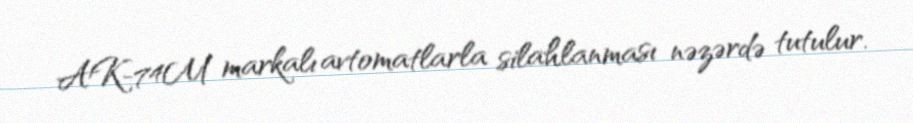
AK-74M markalı avtomatlarla silahlanması nəzərdə tutulur.